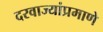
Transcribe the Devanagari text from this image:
दरवाज्यांप्रमाणे